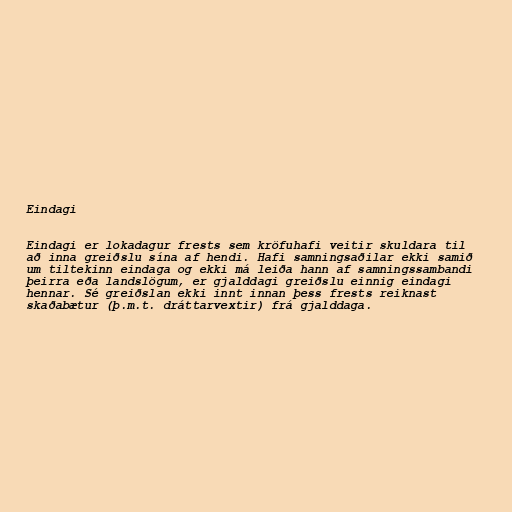
Eindagi

Eindagi er lokadagur frests sem kröfuhafi veitir skuldara til
að inna greiðslu sína af hendi. Hafi samningsaðilar ekki samið
um tiltekinn eindaga og ekki má leiða hann af samningssambandi
þeirra eða landslögum, er gjalddagi greiðslu einnig eindagi
hennar. Sé greiðslan ekki innt innan þess frests reiknast
skaðabætur (þ.m.t. dráttarvextir) frá gjalddaga.